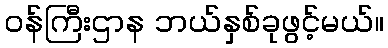
ဝန်ကြီးဌာန ဘယ်နှစ်ခုဖွင့်မယ်။